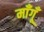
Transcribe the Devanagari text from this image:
माँगूँ